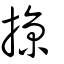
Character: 掠